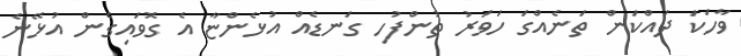
ވާހަކަ ދައްކަން ތަނެއްގަ ހަވަރު ތުންފުހި ގަނޑެއް އުޅެންޏާ އެ ގޮވައިގެން އުޅޭނެ